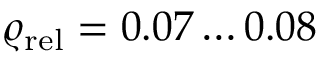
\varrho _ { \mathrm { r e l } } = 0 . 0 7 \ldots 0 . 0 8